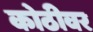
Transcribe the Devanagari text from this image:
कोठीवर